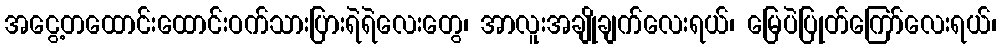
အငွေ့တထောင်းထောင်းဝက်သားပြားရဲရဲလေးတွေ၊ အာလူးအချိုချက်လေးရယ်၊ မြေပဲပြုတ်ကြော်လေးရယ်၊